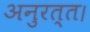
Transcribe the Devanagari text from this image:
अनुरत्त।